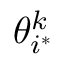
\theta _ { i ^ { * } } ^ { k }